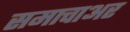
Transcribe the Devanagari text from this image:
समाचाअर